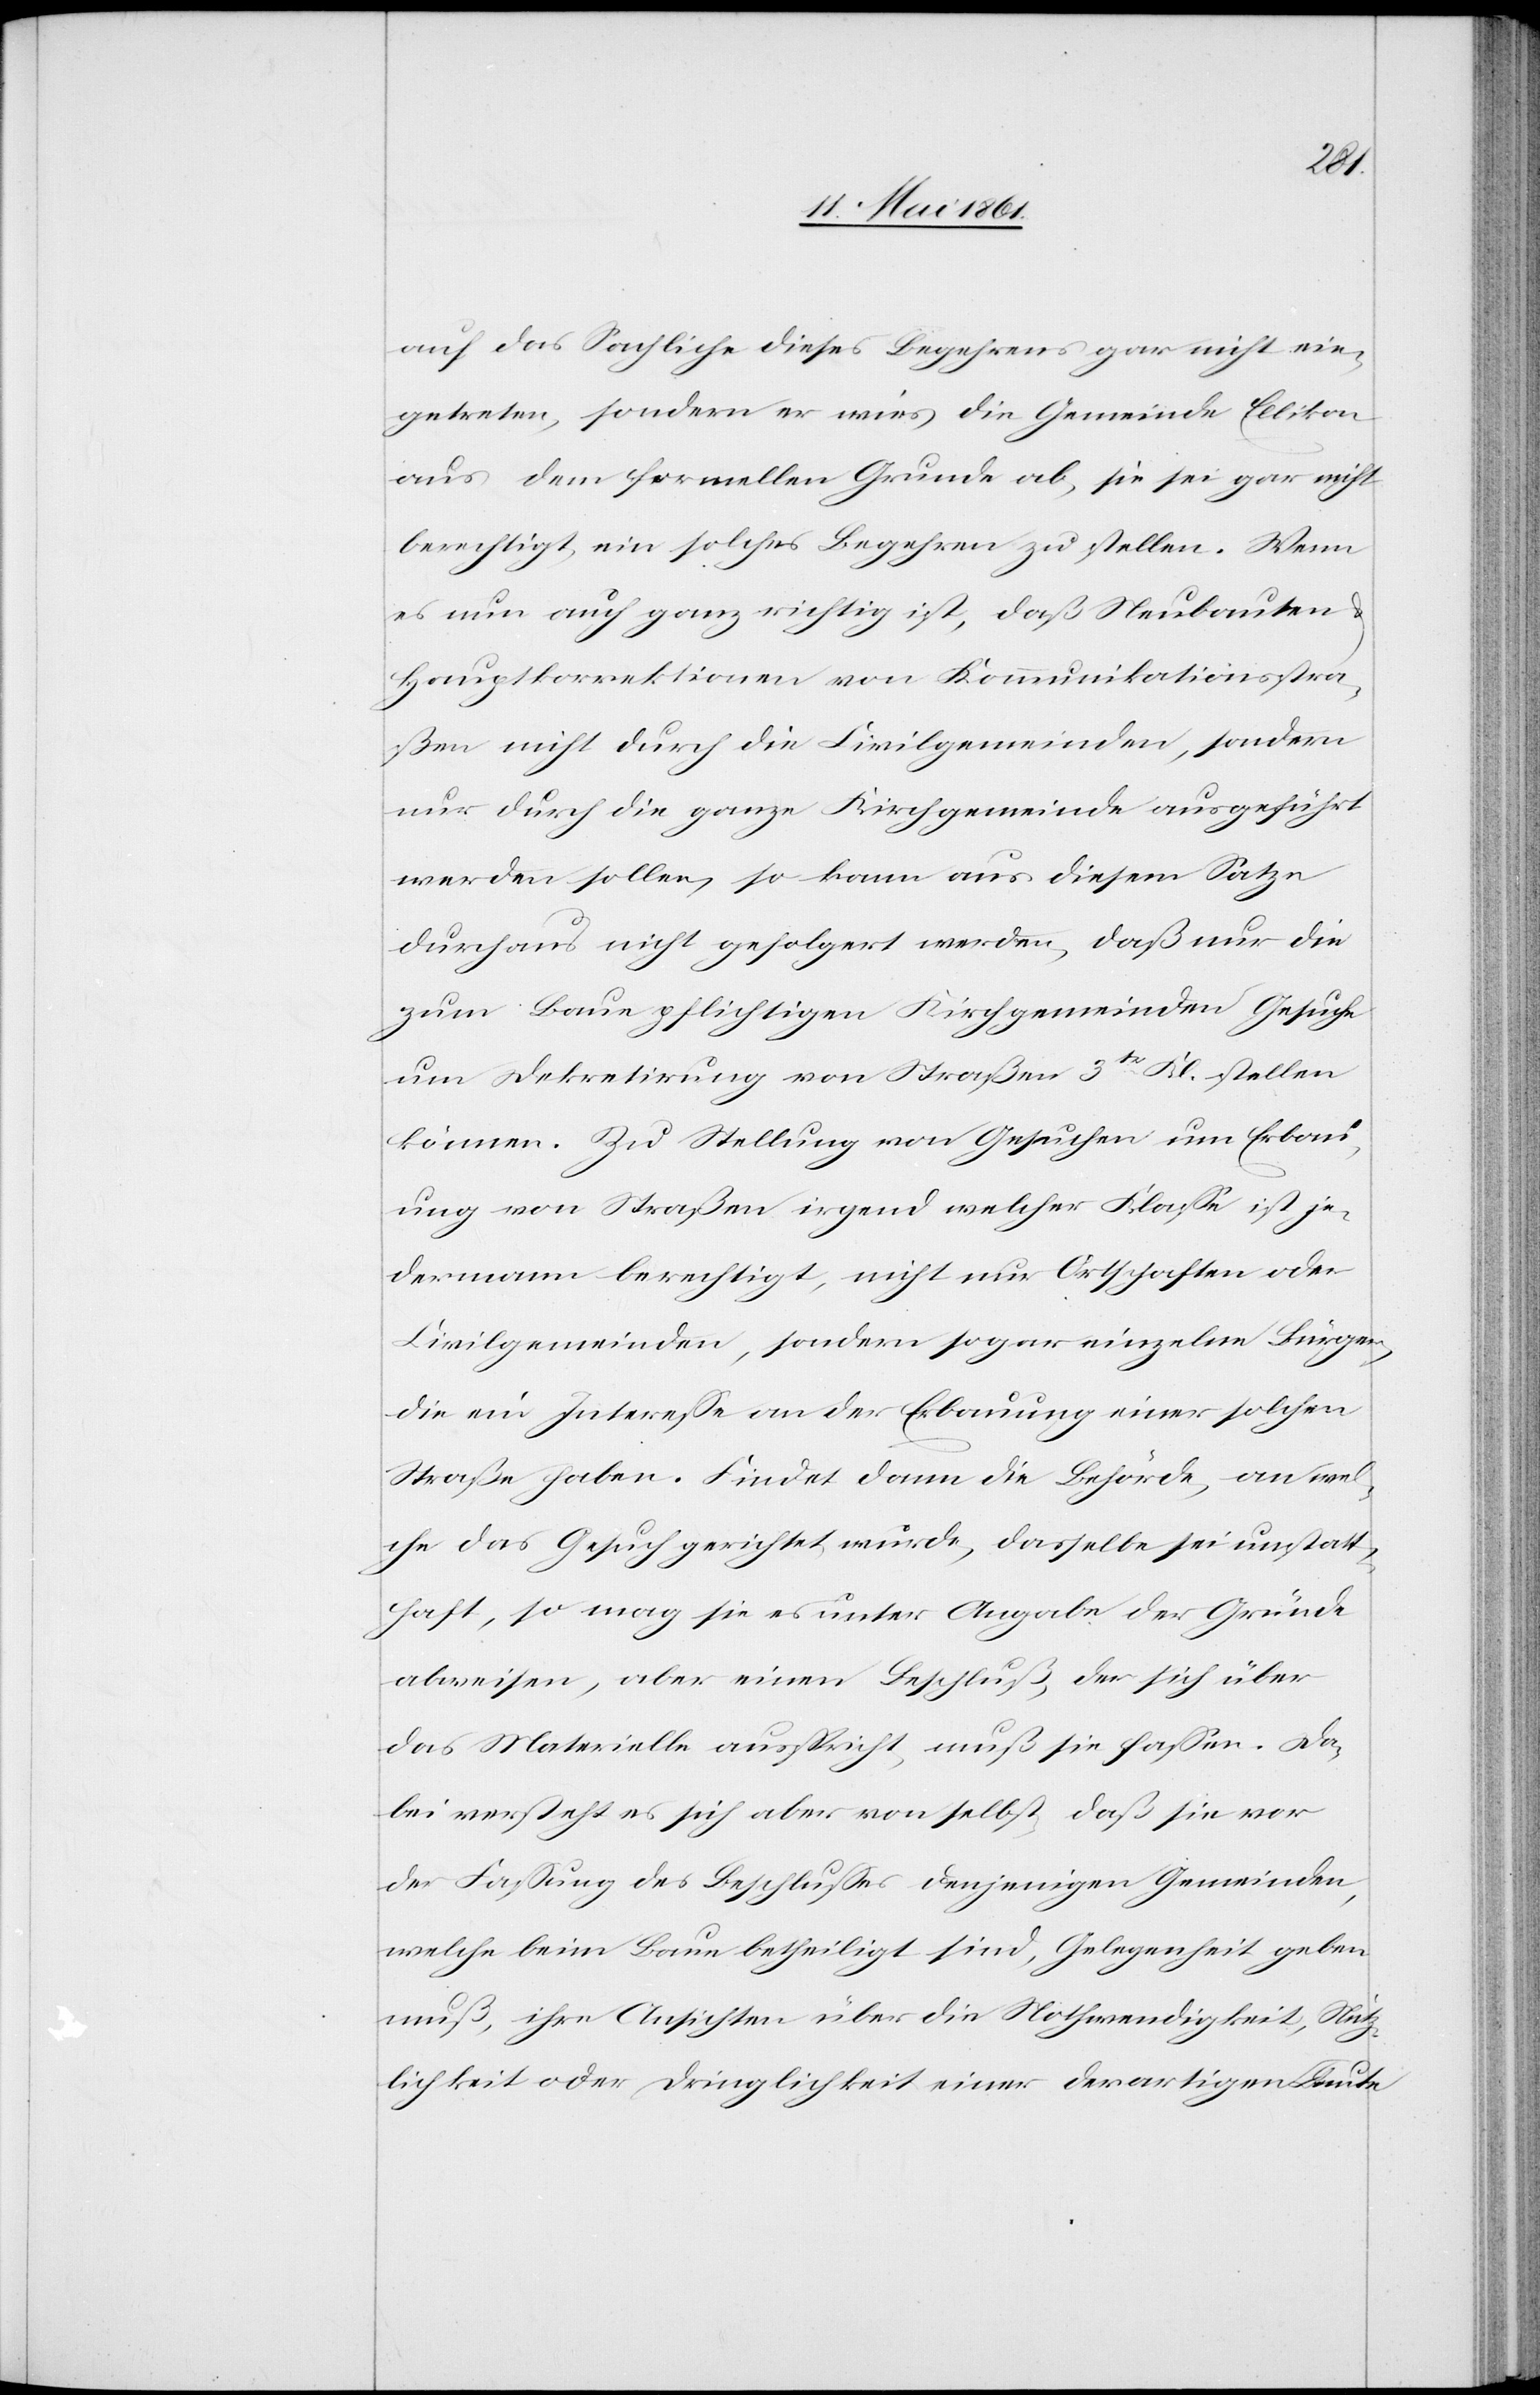
auf das Sachliche dieses Begehrens gar nicht ein¬
getreten, sondern er wies die Gemeinde Ellikon
aus dem formellen Grunde ab, sie sei gar nicht
berechtigt, ein solches Begehren zu stellen. Wenn
es nun auch ganz richtig ist, daß Neubauten u.
Hauptkorrektionen von Kommunikationsstra¬
ßen nicht durch die Civilgemeinden, sondern
nur durch die ganze Kirchgemeinde ausgeführt
werden sollen, so kann aus diesem Satze
durchaus nicht gefolgert werden, daß nur die
zum Baue pflichtigen Kirchgemeinden Gesuche
um Dekretirung von Straßen 3tr Kl. stellen
können. Zu Stellung von Gesuchen um Erbau¬
ung von Straßen irgend welcher Klasse ist je¬
dermann berechtigt, nicht nur Ortschaften oder
Civilgemeinden, sondern sogar einzelne Bürger,
die ein Interesse an der Erbauung einer solchen
Straße haben. Findet dann die Behörde, an wel¬
che das Gesuch gerichtet wurde, dasselbe sei unstatt¬
haft, so mag sie es unter Angabe der Gründe
abweisen, aber einen Beschluß der sich über
das Materielle ausspricht, muß sie fassen. Da¬
bei versteht es sich aber von selbst, daß sie vor
der Fassung des Beschlusses denjenigen Gemeinden,
welche beim Bau betheiligt sind, Gelegenheit geben
muß, ihre Ansichten über die Nothwendigkeit, Nütz¬
lichkeit oder Dringlichkeit einer derartigen Baute